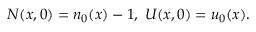
N ( x , 0 ) = n _ { 0 } ( x ) - 1 , \; U ( x , 0 ) = u _ { 0 } ( x ) .